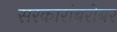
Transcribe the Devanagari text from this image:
सरकारांबरोबर